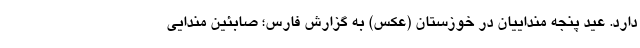
دارد. عید پنجه منداییان در خوزستان (عکس) به گزارش فارس؛ صابئین مندایی